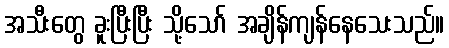
အသီးတွေ ခူးပြီးပြီး သို့သော် အချိန်ကျန်နေသေးသည်။